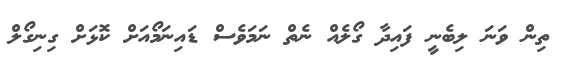
ތިން ވަނަ ލިބެނީ ފައިދާ ގޯލެއް ނެތް ނަމަވެސް ޑައިނަމޯއަށް ކޮޅަށް ގިނިގޯލް